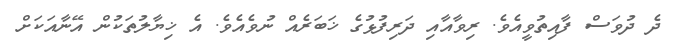
ދެ ދުވަސް ފާއިތުވީއެވެ. ރިވާއާއި ދަރިފުޅުގެ ޚަބަރެއް ނުވެއެވެ. އެ ޚިޔާލުތަކުން އޭނާއަކަށް